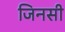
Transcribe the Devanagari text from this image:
जिनसी